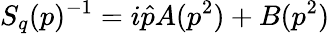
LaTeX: S_{q}(p)^{-1}=i\hat{p}A(p^{2})+B(p^{2})